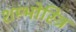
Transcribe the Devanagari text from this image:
शम्भोस्त्रि